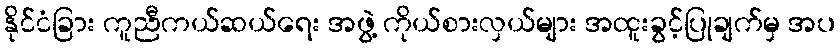
နိုင်ငံခြား ကူညီကယ်ဆယ်ရေး အဖွဲ့ ကိုယ်စားလှယ်များ အထူးခွင့်ပြုချက်မှ အပ